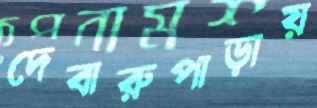
দেবারুপাড়ায়